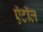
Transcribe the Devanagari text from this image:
ऍटॉल